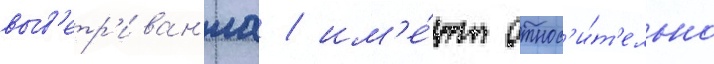
выв'етр'иван'иа / им'е́ют относ'и́т'ельно